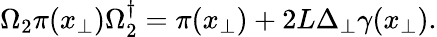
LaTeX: \Omega_{2}\pi(x_{\perp})\Omega_{2}^{\dagger}=\pi(x_{\perp})+{2L}\Delta_{\perp}\gamma(x_{\perp}).